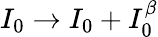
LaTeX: I_{0}\rightarrow I_{0}+I_{0}^{\beta}